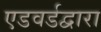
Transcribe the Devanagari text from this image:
एडवर्डद्वारा